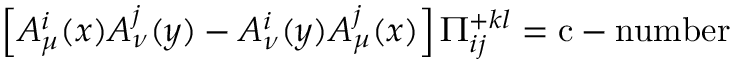
\left[ A _ { \mu } ^ { i } ( x ) A _ { \nu } ^ { j } ( y ) - A _ { \nu } ^ { i } ( y ) A _ { \mu } ^ { j } ( x ) \right] \Pi _ { i j } ^ { + k l } = \mathrm { c - n u m b e r }